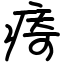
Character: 㾨